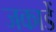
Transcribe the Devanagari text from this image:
जकाडें